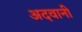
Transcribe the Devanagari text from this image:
अदवानी